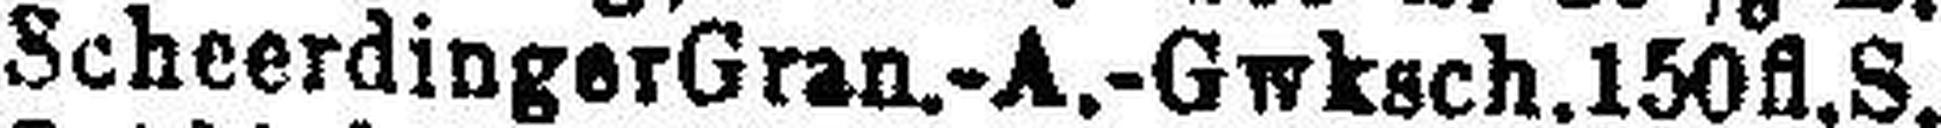
Scheerdinger Gran.-A.-Gwksch. 150fl. S.